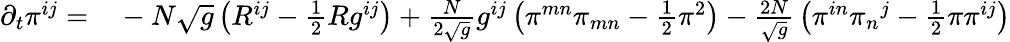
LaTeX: \begin{array}{rl}{\partial_{t}\pi^{ij}=}&{{}-N{\sqrt{g}}\left(R^{ij}-{\frac{1}{2}}Rg^{ij}\right)+{\frac{N}{2{\sqrt{g}}}}g^{ij}\left(\pi^{mn}\pi_{mn}-{\frac{1}{2}}\pi^{2}\right)-{\frac{2N}{\sqrt{g}}}\left(\pi^{in}{\pi_{n}}^{j}-{\frac{1}{2}}\pi\pi^{ij}\right)}\end{array}